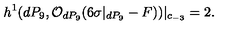
h ^ { 1 } ( d P _ { 9 } , { \cal O } _ { d P _ { 9 } } ( 6 \sigma | _ { d P _ { 9 } } - F ) ) | _ { c _ { - 3 } } = 2 .